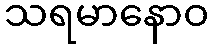
သရမာနောဝ